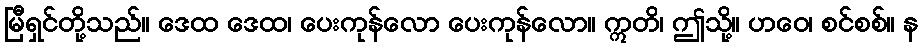
မြီရှင်တို့သည်။ ဒေထ ဒေထ၊ ပေးကုန်လော ပေးကုန်လော။ ဣတိ၊ ဤသို့။ ဟဝေ၊ စင်စစ်။ န